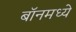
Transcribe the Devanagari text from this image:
बॉनमध्ये